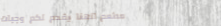
مطعم الهنا يقدم لكم وجبات